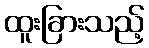
ထူးခြားသည့်